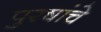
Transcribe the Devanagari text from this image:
पुरषांचे